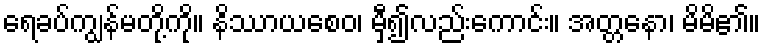
ရေခပ်ကျွန်မတို့ကို။ နိဿာယစေဝ၊ မှီ၍လည်းကောင်း။ အတ္တနော၊ မိမိ၏။